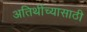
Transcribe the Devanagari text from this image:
अतिथींच्यासाठी